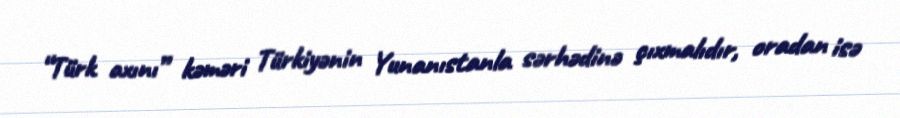
“Türk axını” kəməri Türkiyənin Yunanıstanla sərhədinə çıxmalıdır, oradan isə